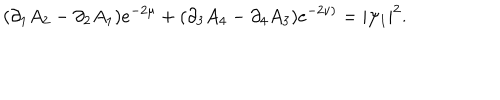
( \partial _ { 1 } A _ { 2 } - \partial _ { 2 } A _ { 1 } ) e ^ { - 2 \mu } + ( \partial _ { 3 } A _ { 4 } - \partial _ { 4 } A _ { 3 } ) e ^ { - 2 \nu ) } = | \psi _ { 1 } | ^ { 2 } .